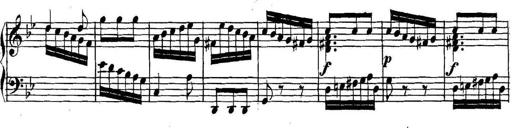
Title: Collected Piano Sonatas
Composer: Muzio Clementi